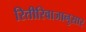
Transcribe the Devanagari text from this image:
रितीरिवाजानुसार